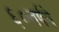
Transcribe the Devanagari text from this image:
६०वर्षमे